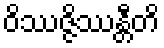
ဝိဿဇ္ဇိဿန္တီတိ